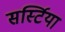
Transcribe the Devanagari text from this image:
सर्स्टिया